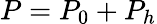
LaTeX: P=P_{0}+P_{h}